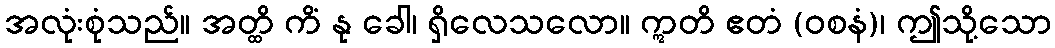
အလုံးစုံသည်။ အတ္ထိ ကိံ နု ခေါ၊ ရှိလေသလော။ ဣတိ ဧတံ (ဝစနံ)၊ ဤသို့သော